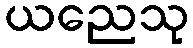
ယညေသု